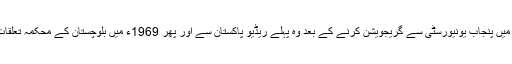
عطا شاد کا اصل نام محمد اسحاق تھا- 1962ء میں پنجاب یونیورسٹی سے گریجویشن کرنے کے بعد وہ پہلے ریڈیو پاکستان سے اور پھر 1969ء میں بلوچستان کے محکمہ تعلقات عامہ سے بطور افسر اطلاعات وابستہ ہوئے ۔